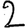
Digit: 2